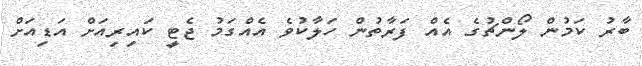
ބާރު ކަމުން ލޯންޗުގެ އެއް ފަރާތުން ހަލާކުވެ އެއްގަމު ޖެޓީ ކައިރިއަށް އަޑިއަށް